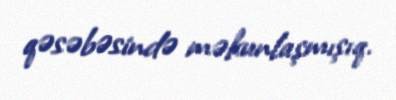
qəsəbəsində məkunlaşmışıq.